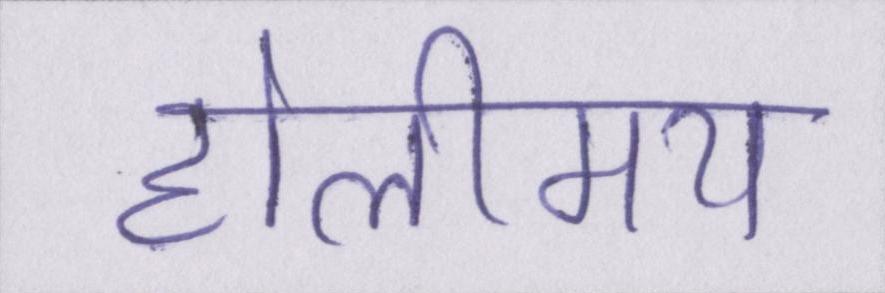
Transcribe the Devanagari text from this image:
होलीमय